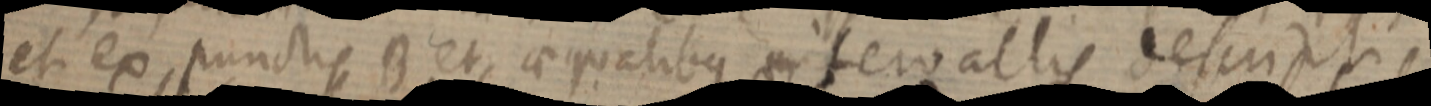
et ex punctis B et, aequalibus intervallis descripti